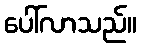
ပေါ်လာသည်။